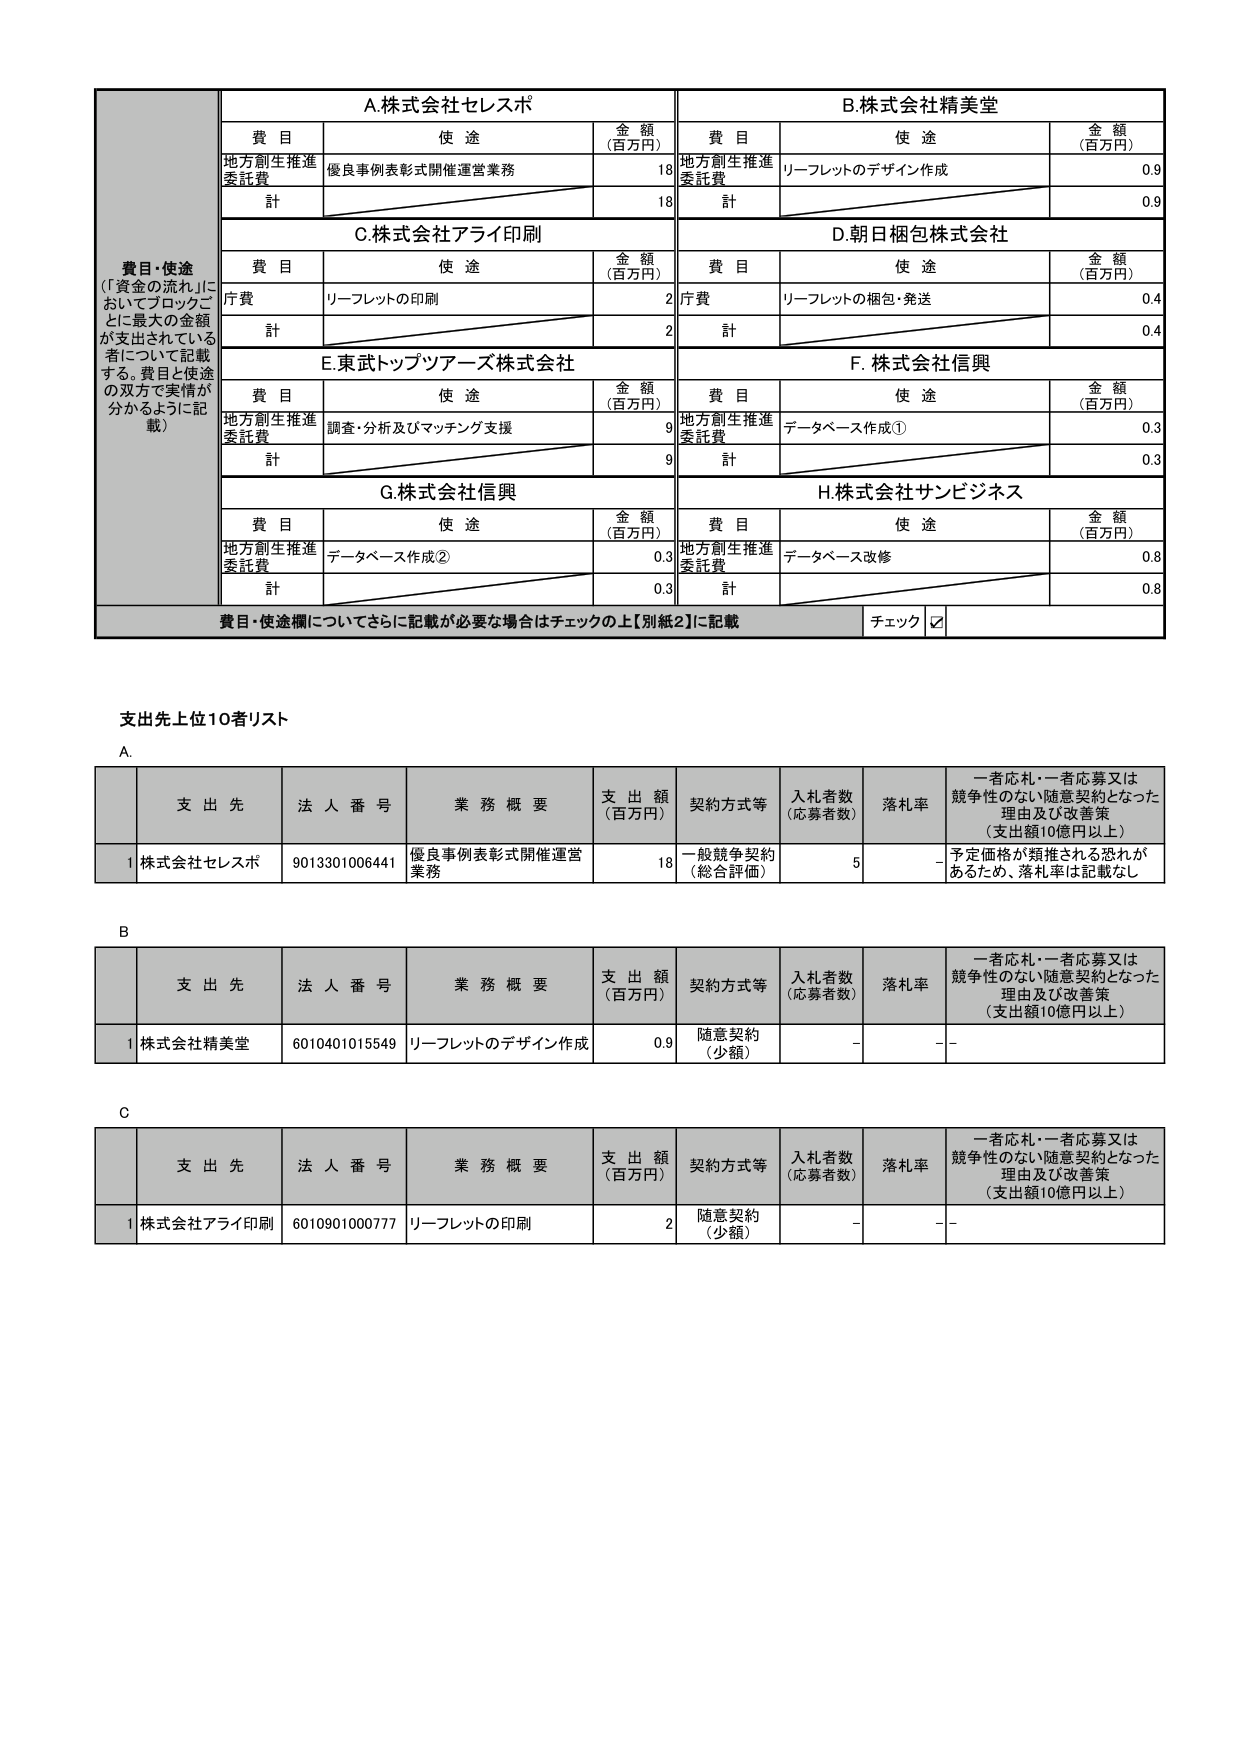
費目・使途
（「資金の流れ」においてブロックごとに最大の金額が支出されている者について記載する。費目と使途の双方で実情が分かるように記載）

A.株式会社セレスポ
費目 使途 金額（百万円）
地方副生推進委託費 優良事例表彰式開催運営業務 18
計 18

B.株式会社精美堂
費目 使途 金額（百万円）
地方副生推進委託費 リーフレットのデザイン作成 0.9
計 0.9

C.株式会社アライ印刷
費目 使途 金額（百万円）
庁費 リーフレットの印刷 2
計 2

D.朝日梱包株式会社
費目 使途 金額（百万円）
庁費 リーフレットの梱包・発送 0.4
計 0.4

E.東武トップツアーズ株式会社
費目 使途 金額（百万円）
地方副生推進委託費 調査・分析及びマッチング支援 9
計 9

F.株式会社信興
費目 使途 金額（百万円）
地方副生推進委託費 データベース作成① 0.3
計 0.3

G.株式会社信興
費目 使途 金額（百万円）
地方副生推進委託費 データベース作成② 0.3
計 0.3

H.株式会社サンビジネス
費目 使途 金額（百万円）
地方副生推進委託費 データベース改修 0.8
計 0.8

費目・使途欄についてさらに記載が必要な場合はチェックの上【別紙2】に記載
チェック ☑

支出先上位10者リスト

A.
支出先 法人番号 業務概要 支出額（百万円） 契約方式等 入札者数（応募者数） 落札率 一者応札・一者応募又は競争性のない随意契約となった理由及び改善策（支出額10億円以上）
1 株式会社セレスポ 9013301006441 優良事例表彰式開催運営業務 18 一般競争契約（総合評価） 5 - 予定価格が類推される恐れがあるため、落札率は記載なし

B.
支出先 法人番号 業務概要 支出額（百万円） 契約方式等 入札者数（応募者数） 落札率 一者応札・一者応募又は競争性のない随意契約となった理由及び改善策（支出額10億円以上）
1 株式会社精美堂 6010401015549 リーフレットのデザイン作成 0.9 随意契約（少額） - - -

C.
支出先 法人番号 業務概要 支出額（百万円） 契約方式等 入札者数（応募者数） 落札率 一者応札・一者応募又は競争性のない随意契約となった理由及び改善策（支出額10億円以上）
1 株式会社アライ印刷 6010901000777 リーフレットの印刷 2 随意契約（少額） - - -